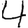
Digit: 4